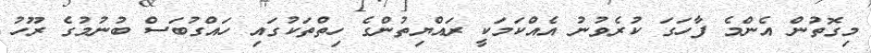
މިގޮތުން އެންމެ ފާހަގަ ކުރެވުނު އެއްކަމަކީ ރައްޔިތުންގެ ހިތްތަކުގައި ހައްގުބަސް ބުނުމުގެ ރޫހު